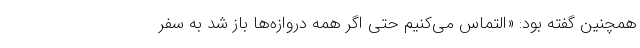
همچنین گفته بود: «التماس می‌کنیم حتی اگر همه دروازه‌ها باز شد به سفر